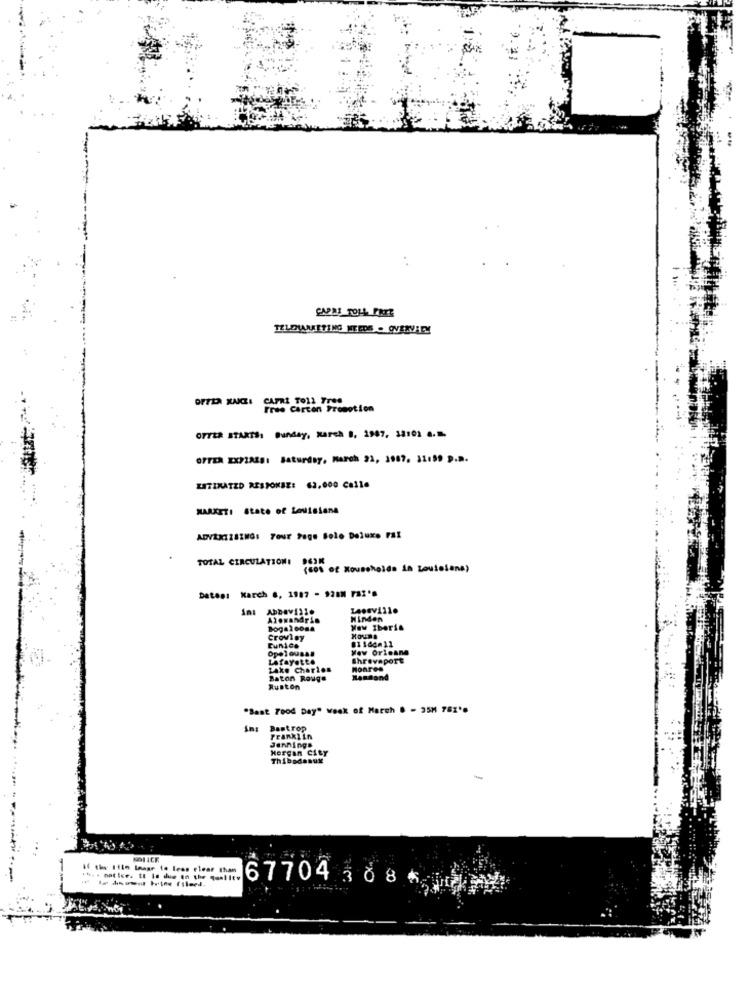
CAPAS TOLL FREE
TELEMARKETING NEEDS . OVERVALM
True Carton Promotion
OTTER STARTS: Sunday, March B, 1987, 32101 4.1.
OFTEN EXPIRES: Saturday, March 21, 2007. 31:59 p.m.
ESTIMATED RESPONSE: 62,000 Calle
MARKETI State of Louisiana
ADVAKIZSZMG: Tour Page Bolo Deluxe FSI
TOTAL CIRCULATION!
(68% of Households in Louisiana)
Dates: Karch 6, 1987 - 928M FBI's
Alexandrin
Minden
Bogalcosa
New Iberia
Crowley
Mount
01164- 11
Eunice
Opelousas
New Orleans
Lafayette
Shreveport
Lake Charles
Montes
Baton Rouge
Mansond
Ruston
"Bant Food Day" Week of March . - 35M 781'.
ins Bastrop
Franklin
Jennings
Morgan City
Thibedesux
if the Iito Image to leas clear than
---
6770430 8